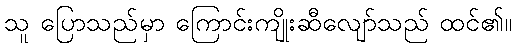
သူ ပြောသည်မှာ ကြောင်းကျိုးဆီလျော်သည် ထင်၏။